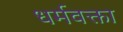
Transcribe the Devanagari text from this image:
धर्मवक्ता